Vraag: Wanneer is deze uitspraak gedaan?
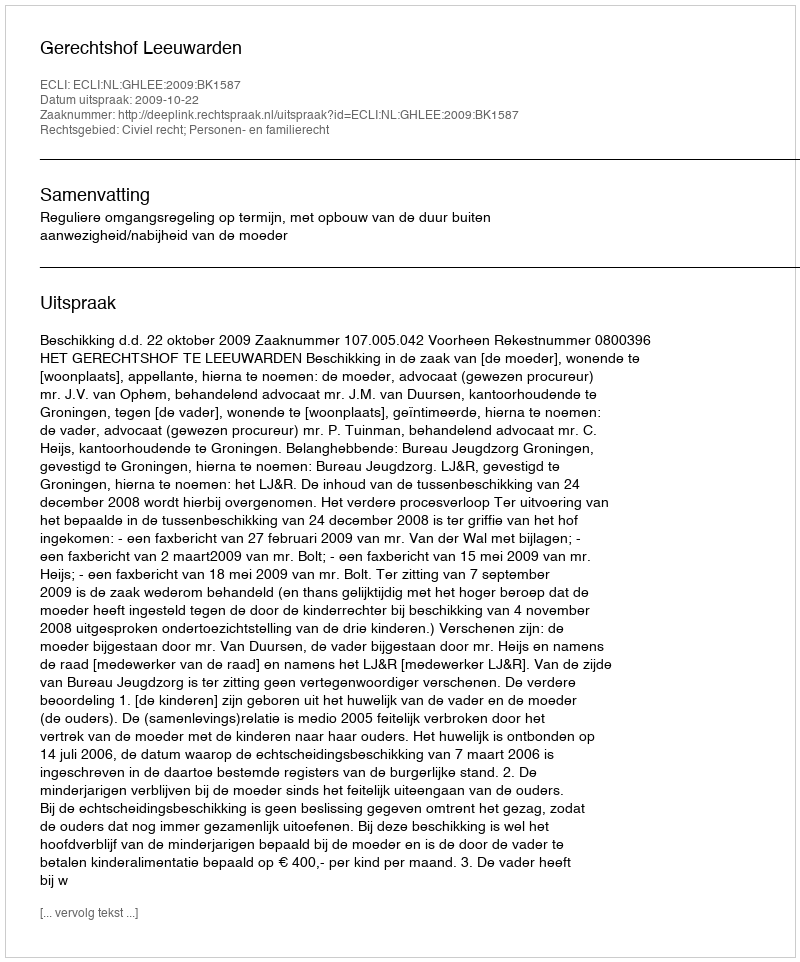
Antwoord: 2009-10-22